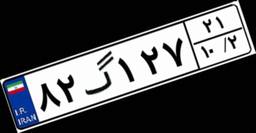
۸۲گ۱۲۷۲۱